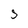
Character: 5